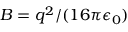
B = q ^ { 2 } / ( 1 6 \pi \epsilon _ { 0 } )